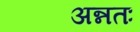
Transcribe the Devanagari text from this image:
अन्नतः